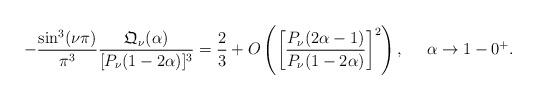
LaTeX: \begin{align*}-\frac{\sin^3(\nu\pi)}{\pi^3}\frac{\mathfrak Q_{\nu}({\alpha})}{[P_\nu(1-2\alpha)]^{3}}={}&\frac{2}{3}+O\left( \left[\frac{P_\nu(2\alpha-1)}{P_{\nu}(1-2\alpha)}\right]^2 \right),&\alpha\to{}&1-0^{+}.\end{align*}